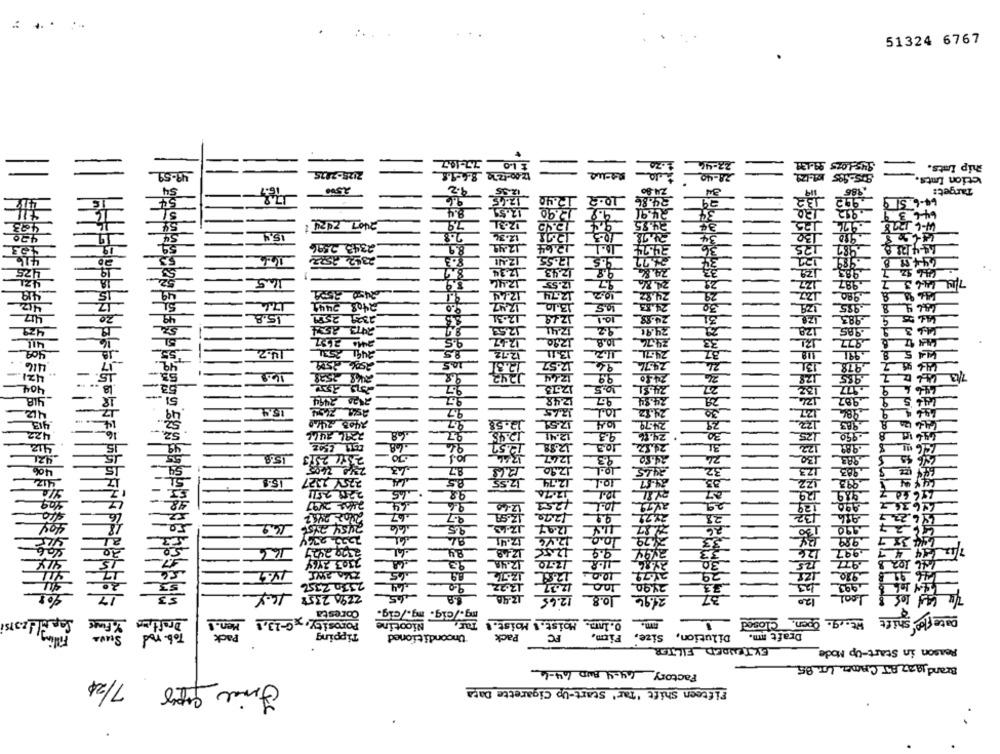
...
51324 6767
È LO 75-14-7
2.20
.22-44
SUS-LOTS 99-132
hip Ints.
49-59
2125-2025
12.00-1270 8.4-1.
28-40
-
Iction Ents.
S4
2.500
9.2
386
Target:
12.35
2.40
54
9.6
12.65
64-6.51 9
8.4
12.51
12.90
646
175
646 3 9
483
54
7.9
12.31
43º
54
15.9
2.8
12.36
4678
19
.990
19
59
2343 2396
8.9
12.42
987
16.6
2342 2522
8.3
425
19
12.34
12.43
.983
4% Sz 7
LEZL
1.5
8.9
12.55
.987
418
IS
49
450 2509
12.44
12.74
9.80
412
17
9.1
2408 2441
9.0
12-47
13.10
-985
417
20
49
15.8
2339 2571
.12.31
12.19
24.98
10.1
983
429
2473 254
12.53
92
24.91
1290
9.5
12-47
12-47
24.74
977
4.2
2491 2531
85
12.12
12.12
13.11
24.7L
12.57
10.5
12.57
24.74
421
14.9
9.9
53
404
12.73
10.5
41.8
2420 2444
9.7
12.48
.987
412
15
9.7
24.12
9
2405-2470
9.7
12.58
1759
24.79
422
68
27
12.45
12.41
93
24.16
30
8
412
49
24.57
12.57
12.88
10.3
42L
15.8
2371 2553
12
1247
456.45
406
zy0 1605
LZ
32
12.90
412
51
227 1.27
8.5
12.5
12.74
-
116,60
225 2571
17.74
12.L
619
2168 2007
64
9.6
12.40
251
29
890
146.36
2.20
av79
16.22
.67
9.7
2121
28
4627
404
2454 2456
95
12.97
26
64 35 7
al
12.41
2.46
10.0
33
.9.99
50
166
2320 2437
12.4.8
9.9
2494
997
7/12/14 40
33
CHL 102 8
3303 369
48
93
12.48
_7.70
30
25
10.0
-97_
12.3
29
53
12.22
28.90
33
_993
17
2290 2358 10.8
53
29.96
Coresta
mg./cig. mg./cig.
Ser
Date flow shift Wit. 9. Joen. Closed
% FINE
Draft,ma
Porosity, xG-13,8 Men.
Nicotine
0.1mm. Moist. 1 Moist.
Tob- rod
Tipping
Unconditioned
Pack
PC
Firm,
Dilution, Size,
Draft mmn.
EXTENDED FILTER
Reason in Start-Up Mode_
Brand 1932 AT CAMEL LIT. 85
Factory 64-4 AND 64-6
7/24
Final Super
Fifteen Shift "Tar' Start-Up Cigarette Data